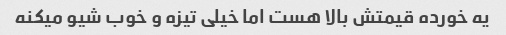
یه خورده قیمتش بالا هست اما خیلی تیزه و خوب شیو میکنه